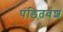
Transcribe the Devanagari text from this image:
पंडितवंश